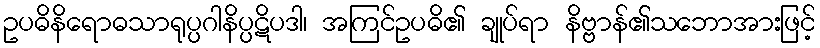
ဥပဓိနိရောဓသာရုပ္ပဂါနိပ္ပဋိပဒါ၊ အကြင်ဥပဓိ၏ ချုပ်ရာ နိဗ္ဗာန်၏သဘောအားဖြင့်